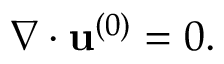
\boldsymbol { \nabla } \cdot \mathbf { u } ^ { ( 0 ) } = 0 .